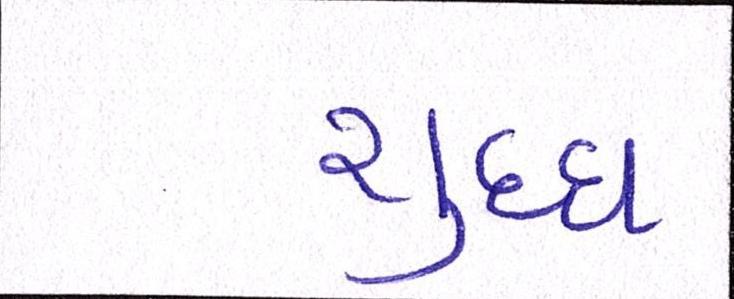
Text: શુધ્ધ